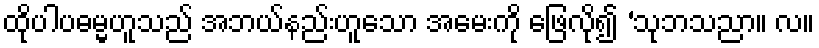
ထိုပါပဓမ္မဟူသည် အဘယ်နည်းဟူသော အမေးကို ဖြေလို၍ ‘သုဘသညာ။ လ။